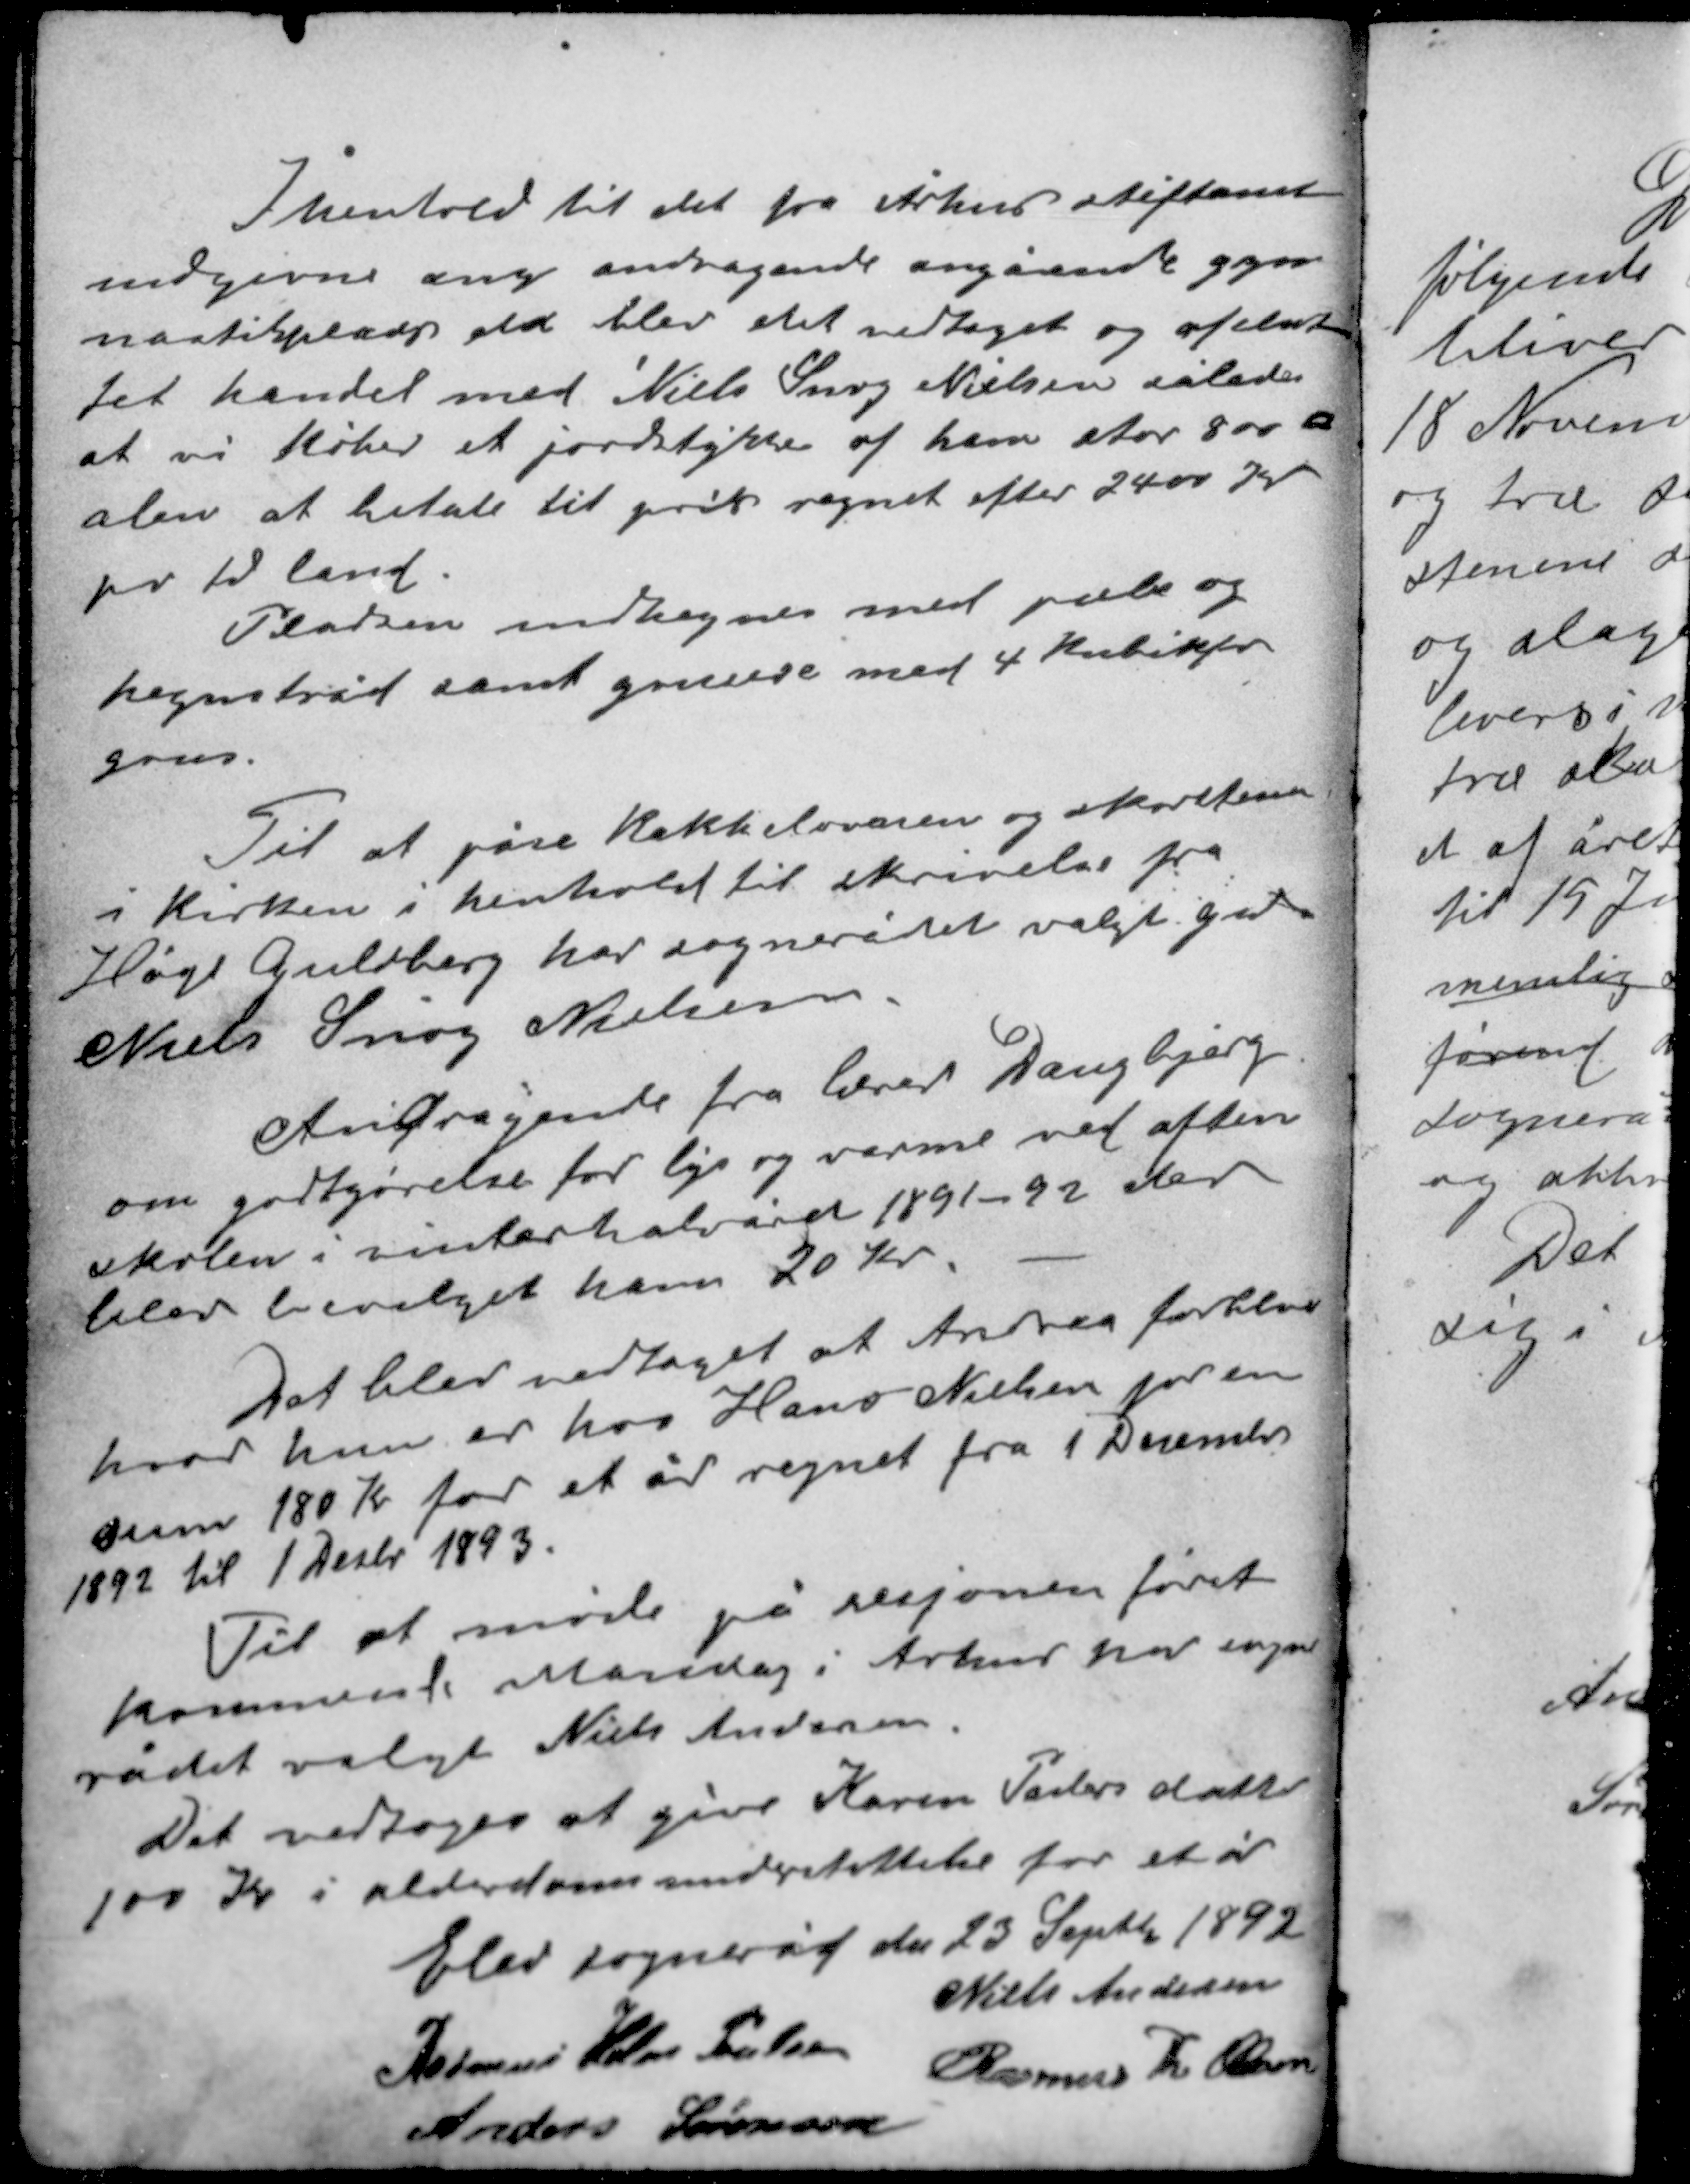
Transskription:
I henhold til det fra Århus stiftamt
indgivne ang. andragende angående gym-
nastikplads da blev det vedtaget og afslut-
tet handel med Niels Snog Nielsen således
at vi køber et jordstykke af ham stor 800 x
alen at betale til pris regnet efter 2400 Kr
pr td land.
Pladsen indhegnes med pæle og
hegnstråd samt gruses med 4 kubikfv
grus.

Til at påse kakkelovnen og skorstenen
i Kirken i henhold til skrivelse fra
Høgh Guldberg har sognerådet valgt Gdr.
Niels Snog Nielsen.

Andragende fra lærer Daugbjerg
om godtgørelse for lys og varme ved aften
skolen i vinterhalvåret 1891-92 der
blev bevilget ham 20 Kr.

Det blev vedtaget at Andrea forbliver
hvor hun er hos Hans Nielsen for en
sum 180 Kr for et år regnet fra 1 December
1892 til 1 Decbr 1893.

Til at møde på sesjonen først
kommende Mandag i Århus har sogne-
rådet valgt Niels Andersen.
Det vedtoges at give Karen Faders datter
100 Kr i alderdomsunderstøttelse for et år.

Elev sogneråd den 23 September 1892
Niels Andersen
Rasmus Holm Poulsen Rasmus Th. Olesen
Anders Sørensen